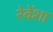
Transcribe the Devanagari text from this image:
रेवेंशा